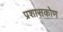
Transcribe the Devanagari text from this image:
प्रशासकोण